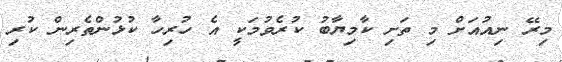
މިރޭ ނިއުއަށް މި ތަށި ކާމިޔާބު ކުރެވުމަކީ އެ ހުރިހާ ކުޅުންތެރިން ކުރި